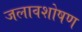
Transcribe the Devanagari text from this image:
जलावशोषण